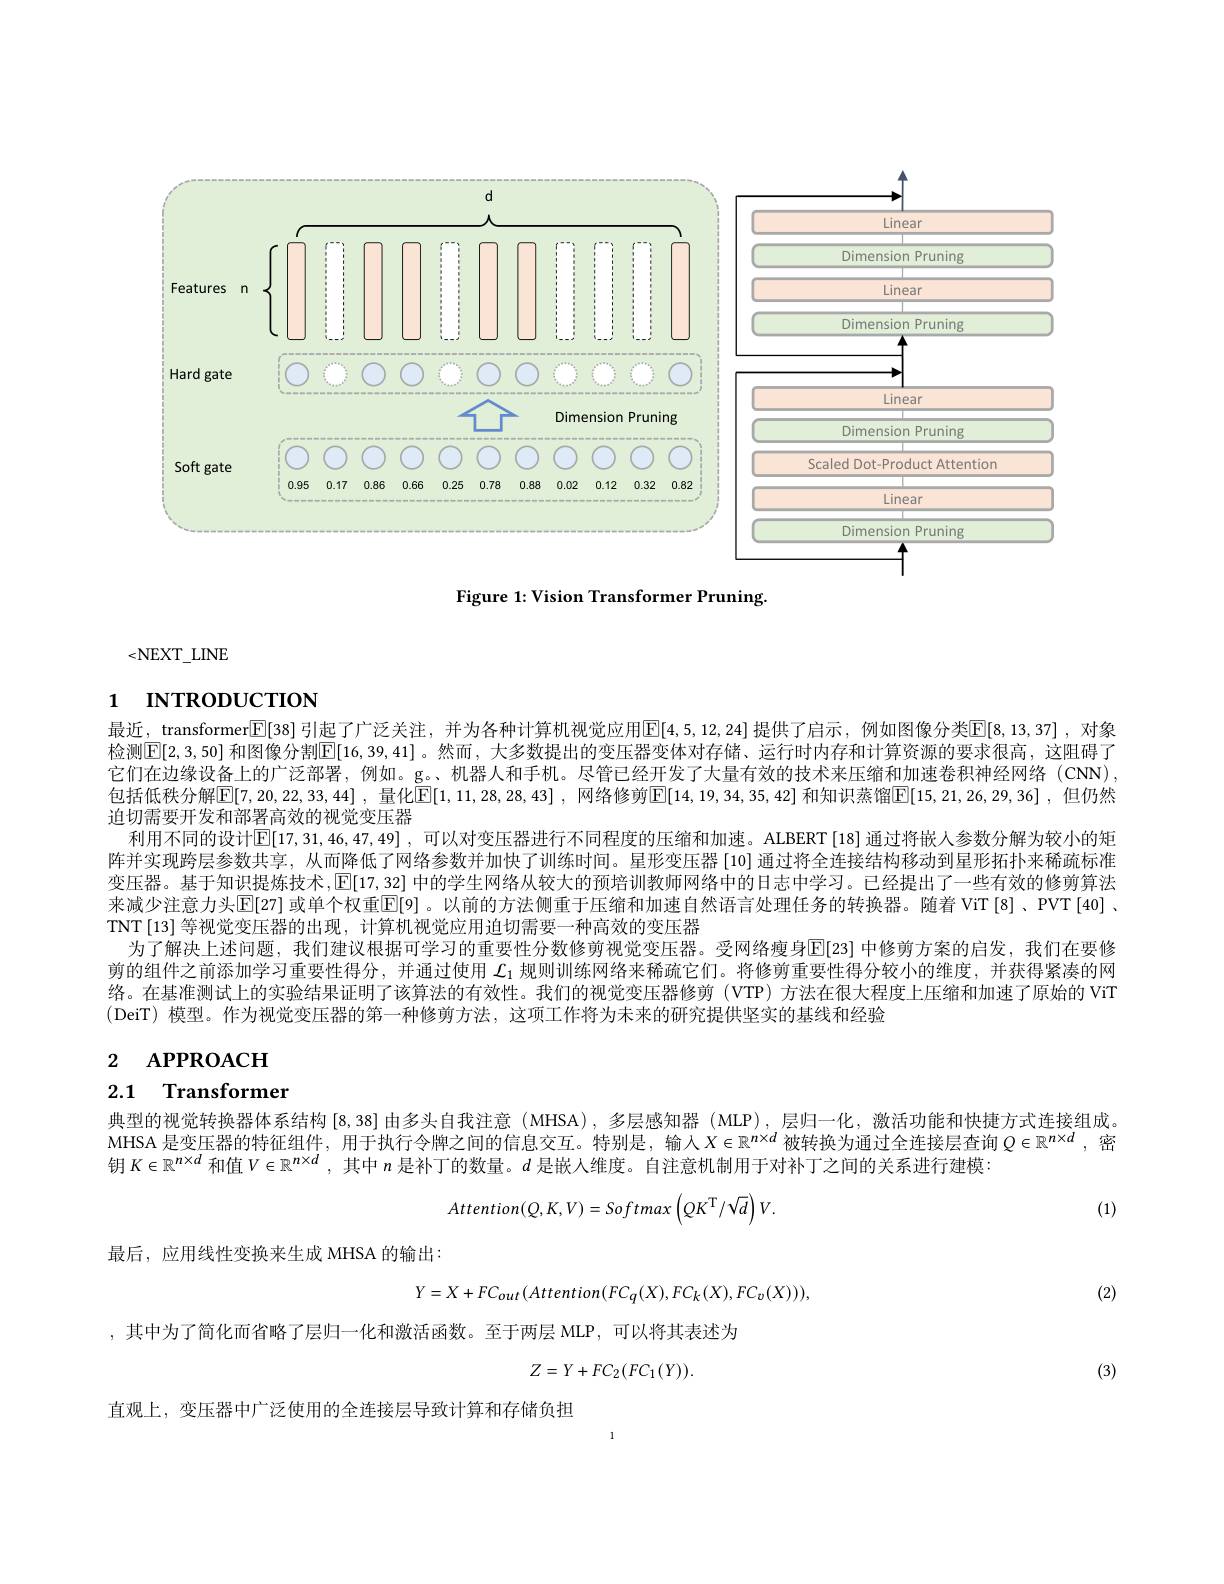
<FigureHere>

Figure 1: Vision Transformer Pruning

$<\mathrm{NEXT}_{\mathrm{LNE}}$

# 1 INTRODUCTION

最近，transformer[$\overline{\mathbb{E}}[38]$ 引起了广泛关注，并为各种计算机视觉应用$\overline{\mathbb{E}}[4,5,12,24]$ 提供了启示，例如图像分类$\mathbb{E}[8,13,37]$ ,对象检测$[\mathbb{E}[2,3,50]$ 和图像分割$\mathbb{E}[16,39,41]$ 。然而，大多数提出的变压器变体对存储、运行时内存和计算资源的要求很高，这阻碍了它们在边缘设备上的广泛部署，例如。g。机器人和手机。尽管已经开发了大量有效的技术来压缩和加速卷积神经网络(CN), 包括低秩分解$\mathbb{E}[7,20,22,33,44]$ ,量化$\mathbb{E}[1,11,28,28,43]$ ,网络修剪$\boxed[14,19,34,35,42]$ 和知识蒸馏$\boxed[15,21,26,29,36]$ ,但仍然迫切需要开发和部署高效的视觉变压器
利用不同的设计$\mathbb{E}[17,31,46,47,49]$, 可以对变压器进行不同程度的压缩和加速。ALBERT [18] 通过将嵌人参数分解为较小的矩阵并实现跨层参数共享，从而降低了网络参数并加快了训练时间。星形变压器 [10] 通过将全连接结构移动到星形拓扑来稀疏标准变压器。基于知识提炼技术，$\operatorname{E}[17,32]$中的学生网络从较大的预培训教师网络中的日志中学习。已经提出了一些有效的修剪算法来减少注意力头$\operatorname{E}[27]$ 或单个权重$\operatorname{E}[9]$。以前的方法侧重于压缩和加速自然语言处理任务的转换器。随着 ViT [8]、PVT [40] 、 TNT [13] 等视觉变压器的出现，计算机视觉应用迫切需要一种高效的变压器
为了解决上述问题，我们建议根据可学习的重要性分数修剪视觉变压器。受网络瘦身$\mathbb{E}[$23]中修剪方案的启发，我们在要修剪的组件之前添加学习重要性得分，并通过使用$\mathcal{L}_1$规则训练网络来稀疏它们。将修剪重要性得分较小的维度，并获得紧凑的网络。在基准测试上的实验结果证明了该算法的有效性。我们的视觉变压器修剪 (VTP) 方法在很大程度上压缩和加速了原始的 ViT (DeiT) 模型。作为视觉变压器的第一种修剪方法，这项工作将为未来的研究提供坚实的基线和经验

# 2 АРРRОАСН

# 2.1 Transformer

典型的视觉转换器体系结构 [8,38] 由多头自我注意 (MHSA) , 多层感知器 (MLP) , 层归一化，激活功能和快捷方式连接组成。MHSA 是变压器的特征组件，用于执行令牌之间的信息交互。特别是，输人$X\in\mathbb{R}^n\times d$被转换为通过全连接层查询 $Q\in\mathbb{R}^{n\times d}$ ,密钥$K\in\mathbb{R}^{n\times d}$和值$V\in\mathbb{R}^{n\times d}$ ,其中$n$是补丁的数量。$d$是嵌人维度。自注意机制用于对补丁之间的关系进行建模：
$$Attention(Q,K,V)=Softmax\left(QK^{\mathrm{T}}/\sqrt{d}\right)V.$$
(1)

最后，应用线性变换来生成 MHSA 的输出：

(2)
$$Y=X+FC_{out}(Attention(FC_{q}(X),FC_{k}(X),FC_{v}(X))),$$
,其中为了简化而省略了层归一化和激活函数。至于两层 MLP,可以将其表述为
$$Z=Y+FC_2(FC_1(Y)).$$
(3)

直观上，变压器中广泛使用的全连接层导致计算和存储负担